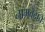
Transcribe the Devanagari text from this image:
नामवेदाचे